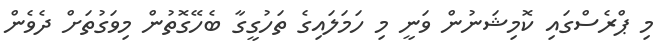
މި ޕްރެސްގައި ކޮމިޝަނުން ވަނީ މި ހަމަލައިގެ ތަހުގީގާ ބެހޭގޮތުން މިވަގުތަށް ދެވެން